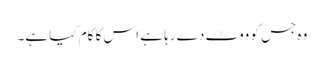
وہ جس کو ووٹ دے رہا ہے اس کا کام کیا ہے۔